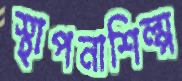
স্থাপনাশিল্প